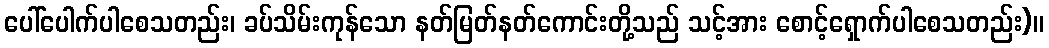
ပေါ်ပေါက်ပါစေသတည်း၊ ခပ်သိမ်းကုန်သော နတ်မြတ်နတ်ကောင်းတို့သည် သင့်အား စောင့်ရှောက်ပါစေသတည်း)။